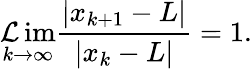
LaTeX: \operatorname*{\mathcal{L}im}_{k\to\infty}{\frac{{|x_{k+1}-L|}}{{|x_{k}-L|}}}=1.